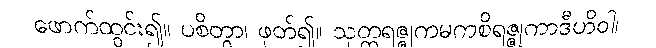
ဖောက်ထွင်း၍။ ပစိတွာ၊ ဖုတ်၍။ သုတ္တရဇ္ဇုကမကစိရဇ္ဇုကာဒီဟိဝါ၊